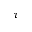
\tau